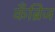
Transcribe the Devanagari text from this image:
कॅंब्रिज